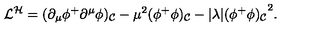
{ \cal L } ^ { \cal H } = ( \partial _ { \mu } \phi ^ { + } \partial ^ { \mu } \phi ) _ { \cal C } - \mu ^ { 2 } ( \phi ^ { + } \phi ) _ { \cal C } - \vert \lambda \vert { ( \phi ^ { + } \phi ) _ { \cal C } } ^ { 2 } .